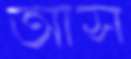
আস